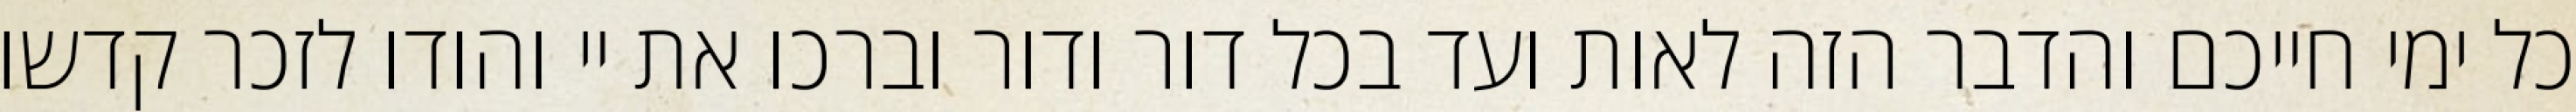
כל ימי חייכם והדבר הזה לאות ועד בכל דור ודור וברכו את יי והודו לזכר קדשו